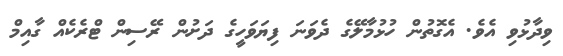
ވިދާޅުވި އެވެ. އެގޮތުން ހުޅުމާލޭގެ ދެވަނަ ފިޔަވަހީގެ ދަށުން ރޭސިން ޓްރެކެއް ގާއިމް